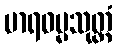
မာရဓမ္မသုတ္တံ